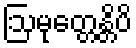
ဩမုတ္တေန္တိပိ